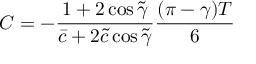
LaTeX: C = - \frac { 1 + 2 \cos \tilde { \gamma } } { \bar { c } + 2 \tilde { c } \cos \tilde { \gamma } } \frac { ( \pi - \gamma ) T } { 6 }